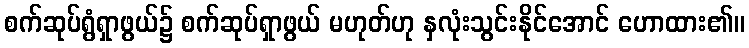
စက်ဆုပ်ရွံရှာဖွယ်၌ စက်ဆုပ်ရှာဖွယ် မဟုတ်ဟု နှလုံးသွင်းနိုင်အောင် ဟောထား၏။